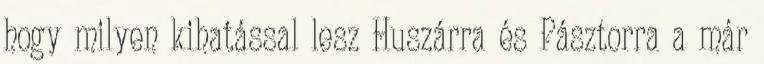
hogy milyen kihatással lesz Huszárra és Pásztorra a már